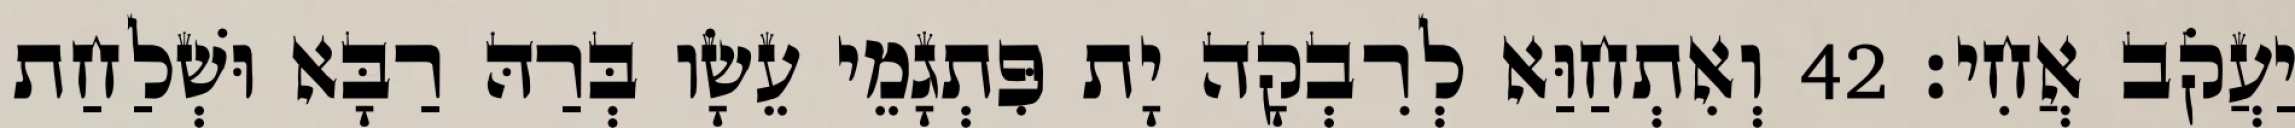
יַעֲקֹב אֲחִי׃ 42 וְאִתְחַוַּא לְרִבְקָה יָת פִּתְגָמֵי עֵשָׂו בְּרַהּ רַבָּא וּשְׁלַחַת